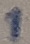
Text: 1